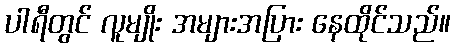
ပါရီတွင် လူမျိုး အများအပြား နေထိုင်သည်။